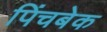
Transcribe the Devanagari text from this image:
पिंचबेक